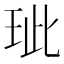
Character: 玼